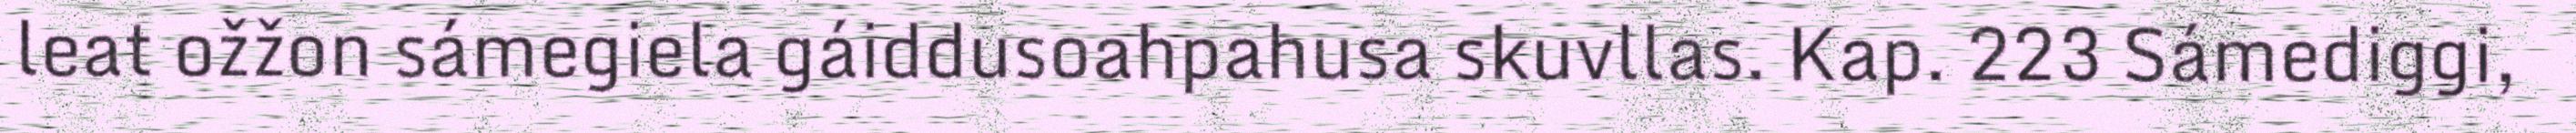
leat ožžon sámegiela gáiddusoahpahusa skuvllas. Kap. 223 Sámediggi,